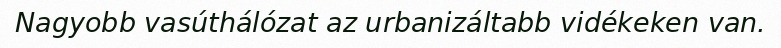
Nagyobb vasúthálózat az urbanizáltabb vidékeken van.